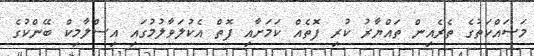
މަސައްކަތުގެ ތެރެއިން ތައްޔާރު ކުރި ފޮތެއް ކަމަށާއި ފޮތް އެކުލަވާލުމުގައި އިސްލާމިކް ބޭންކުގެ